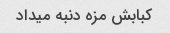
کبابش مزه دنبه میداد